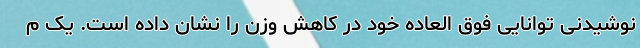
نوشیدنی توانایی فوق العاده خود در کاهش وزن را نشان داده است. یک م